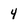
Character: 4